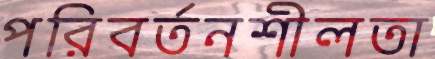
পরিবর্তনশীলতা